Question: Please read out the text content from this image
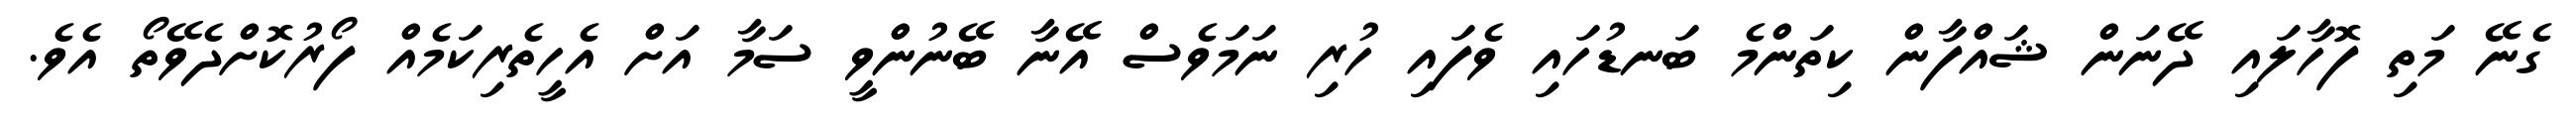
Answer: ގެނޭ މަތި ފޮހާލައި ދޭނަން ޝައްފާން ކިތަންމެ ބަނޑުހައި ވެފައި ހުރި ނަމަވެސް އޭނާ ބޭނުންވީ ސަމާ އަށް އެހީތެރިކަމެއް ފޯރުކޮށްދެވޭތޯ އެވެ.